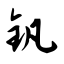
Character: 钒